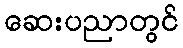
ဆေးပညာတွင်